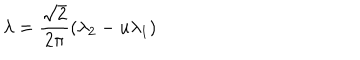
LaTeX: \lambda = \frac { \sqrt 2 } { 2 \pi } ( \lambda _ { 2 } - u \lambda _ { 1 } )